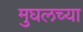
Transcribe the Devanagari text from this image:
मुघलच्या